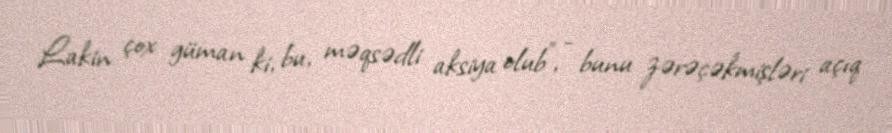
Lakin çox güman ki, bu, məqsədli aksiya olub”, - bunu zərəçəkmişləri açıq